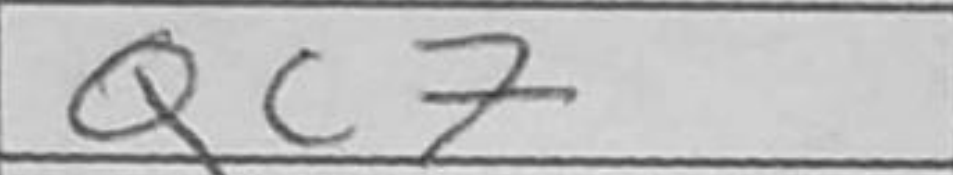
Transcription: Qc7